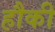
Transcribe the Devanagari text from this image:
हौकी